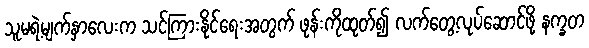
သူမရဲ့မျက်နှာလေးက သင်ကြားနိုင်ရေးအတွက် ဖုန်းကိုထုတ်၍ လက်တွေ့လုပ်ဆောင်ဖို့ နက္ခတ